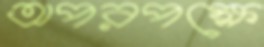
অপরপক্ষে